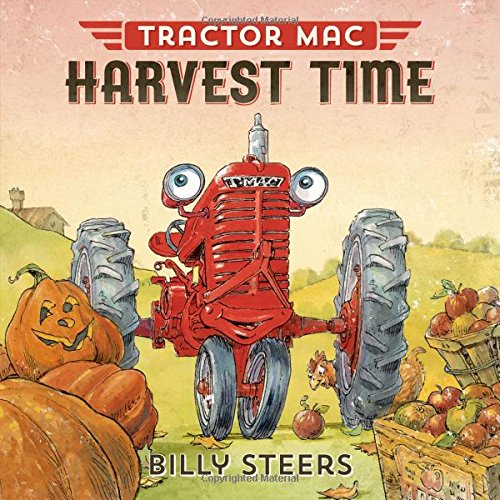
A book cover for Tractor Mac Harvest Time; Billy Steers; Children's Books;